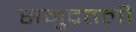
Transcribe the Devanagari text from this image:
समुद्रतली